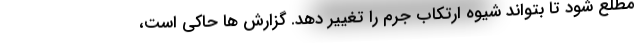
مطلع شود تا بتواند شیوه ارتکاب جرم را تغییر دهد. گزارش ها حاکی است،